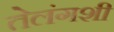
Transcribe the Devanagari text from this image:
तेलंगशी